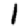
Digit: 1